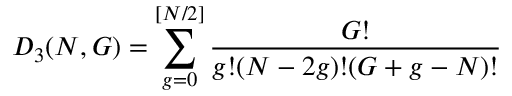
D _ { 3 } ( N , G ) = \sum _ { g = 0 } ^ { [ N / 2 ] } \frac { G ! } { g ! ( N - 2 g ) ! ( G + g - N ) ! }